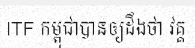
ITF កម្ពុជាបានឲ្យដឹងថា វគ្គ